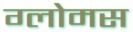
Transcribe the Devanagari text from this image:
ग्लोमस